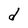
Character: d